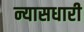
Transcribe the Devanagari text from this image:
न्यासधारी